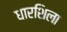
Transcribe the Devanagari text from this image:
धारशिला